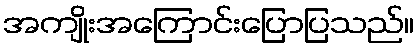
အကျိုးအကြောင်းပြောပြသည်။